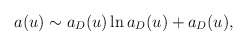
\begin{align*}a(u) \sim a_{D}(u) \ln a_{D}(u) + a_{D}(u),\end{align*}